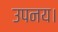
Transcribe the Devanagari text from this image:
उपनय।